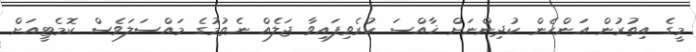
މީގެ އިތުރުން އަންހެން ކުދިންނަށް ޚާއްސަ ކުރެވިފައިވާ ޖަލެއް ނެތުމުގެ މައްސަލަވެސް ކޮމެޓީއަށް